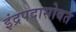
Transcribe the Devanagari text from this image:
इंद्रपदासोबत